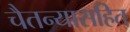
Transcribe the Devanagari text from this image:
चैतन्यासहित